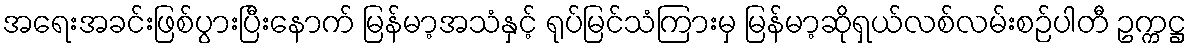
အရေးအခင်းဖြစ်ပွားပြီးနောက် မြန်မာ့အသံနှင့် ရုပ်မြင်သံကြားမှ မြန်မာ့ဆိုရှယ်လစ်လမ်းစဉ်ပါတီ ဥက္ကဋ္ဌ